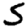
Digit: 5